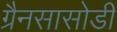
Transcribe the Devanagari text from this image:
ग्रैनसासोडी